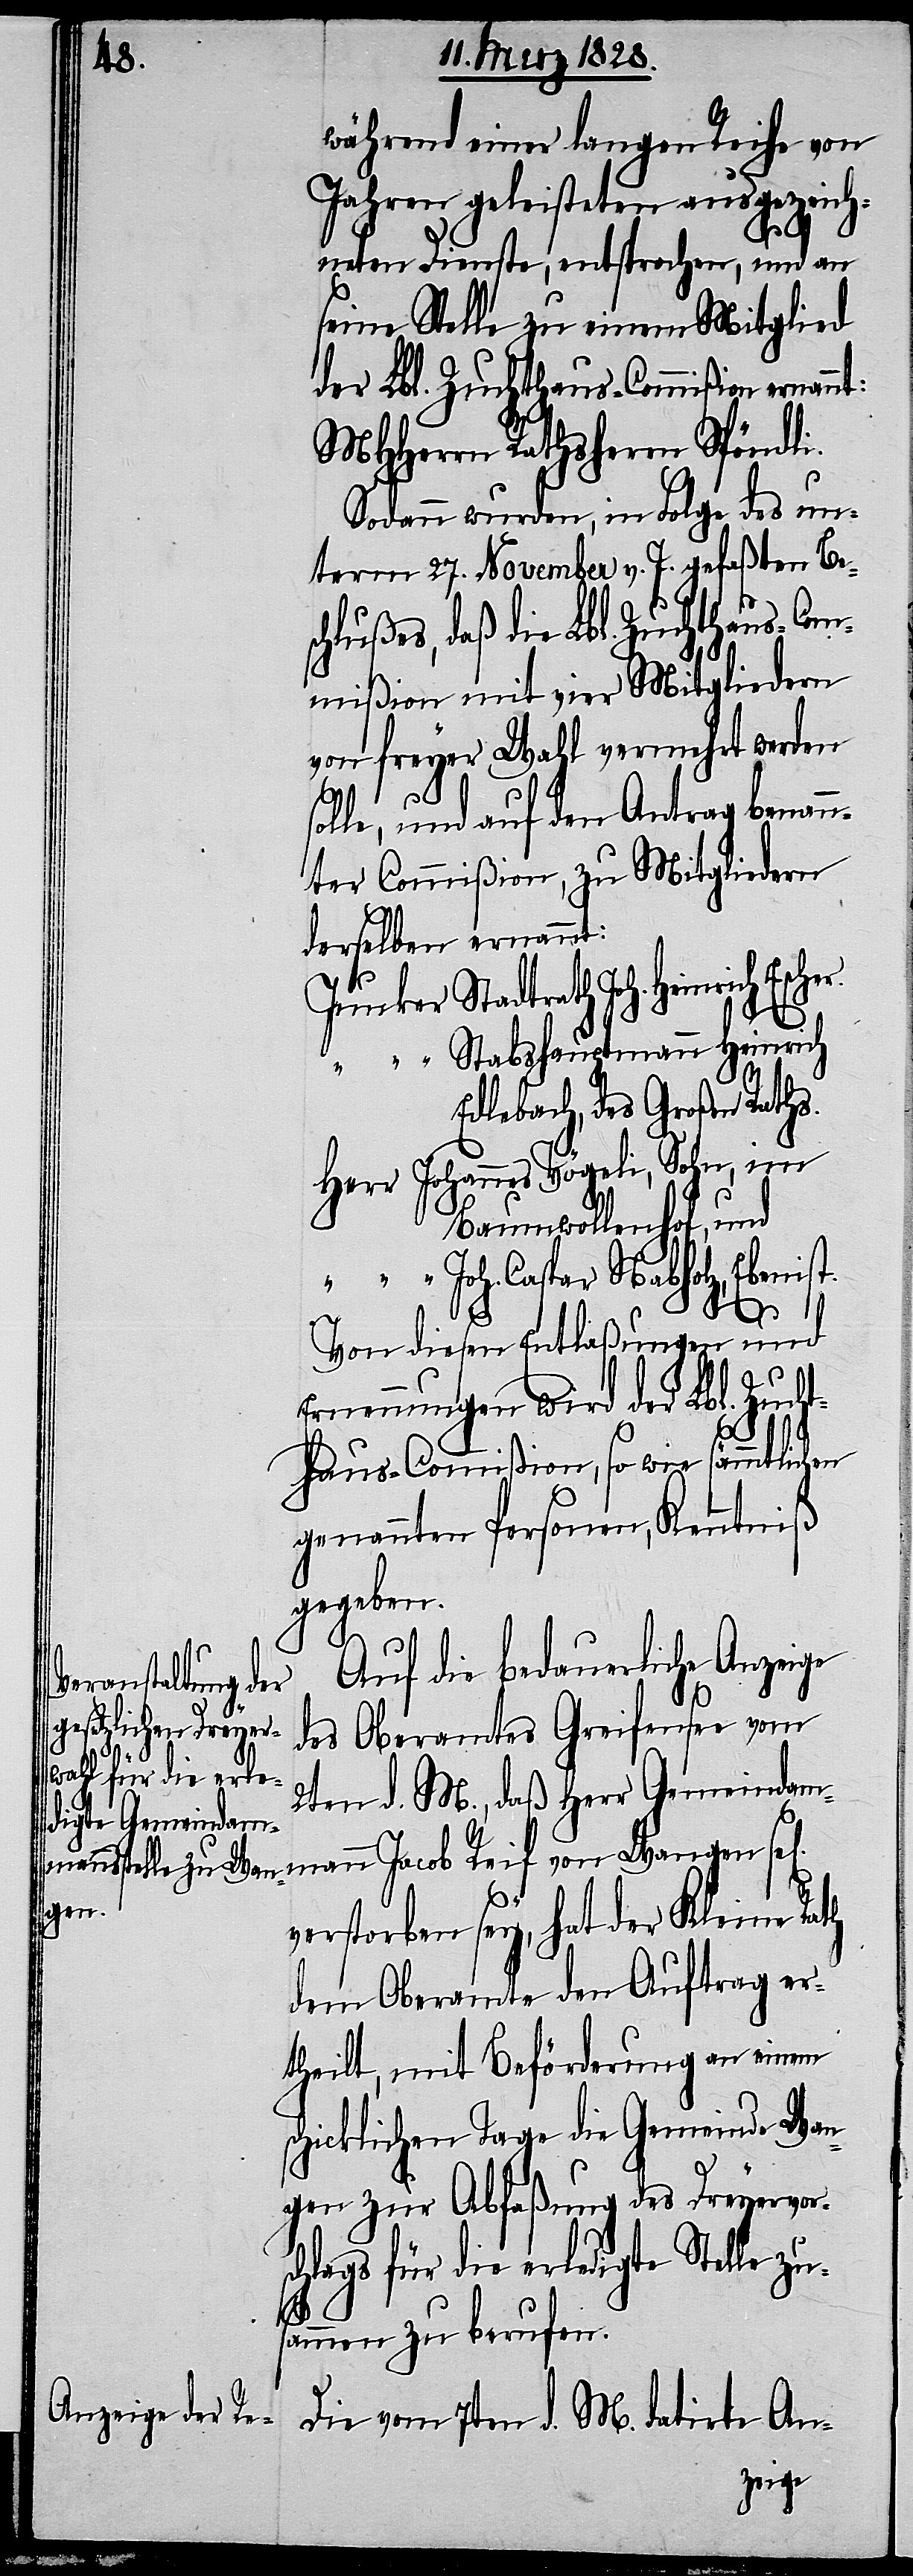
während einer langen Reihe von
Jahren geleisteten ausgezeich¬
neten Dienste, entsprochen, und an
seine Stelle zu einem Mitglied
der Lbl. Zuchthaus-Commißion ernan¬
MHHerrn Rathsherrn Spöndli.
Sodann wurden, in Folge des un¬
term 27. November v. J. gefaßten Be¬
schlußes, daß die Lbl. Zuchthaus-Com¬
mißion mit vier Mitgliedern
von freyer Wahl vermehrt werden
solle, und auf den Antrag benan¬
nter Commißion, zu Mitgliedern
derselben ernannt:
Junker Stadtrath Joh. Heinrich
“ Stabshauptmann Heinrich
Edlebach, des Großen Rath¬
Herr Johannes Vögeli, Sohn, im
Baumwollenhof, und
“ Joh. Caspar Nabholz, Ebenist.
l[ig]
Von diesen Entlaßungen und
Ernennungen wird der Lbl. Zucht¬
haus-Commißion, so wie sämmtlichen
genannten Personen, Kenntniß
gegeben.
Auf die bedauerliche Anzeige
des Oberamtes Greifensee vom
2ten d. M., daß Herr Gemeindam¬
mann Jacob Reif von Wangen se¬
verstorben sey, hat der Kleine Rath
dem Oberamte den Auftrag er¬
theilt, mit Beförderung an einem
schicklichen Tage die Gemeinde Wan¬
gen zur Abfaßung des Dreyervors¬
chlags für die erledigte Stelle zu¬
s.
sammen zu berufen.
Die vom 7ten d. M. datirte An-